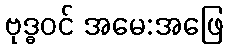
ဗုဒ္ဓဝင် အမေ:အဖြေ